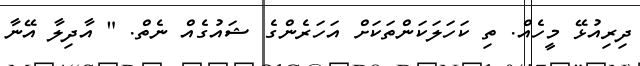
ދިރިއުޅޭ މީހެއް. ތި ކަހަލަކަންތަކަށް އަހަރެންގެ ޝައުގެއް ނެތް. " އާދިލާ އޭނާ